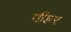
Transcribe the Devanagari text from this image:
गौंडर